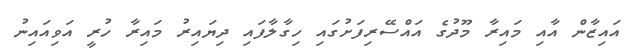
އައިޒާން އާއި މައިރާ މޫދުގެ އައްސޭރިފަށުގައި ހިގާލާފައި ދިޔައިރު މައިރާ ހުރީ އަވިއައިނު